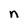
Character: n